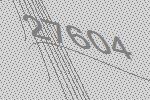
27604